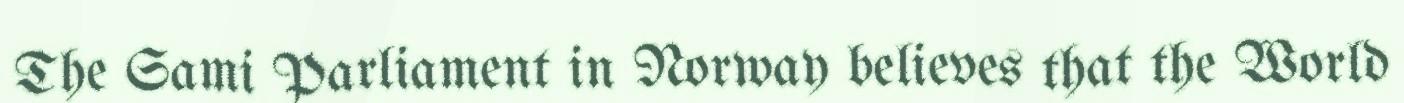
The Sami Parliament in Norway believes that the World